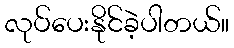
လုပ်ပေးနိုင်ခဲ့ပါတယ်။